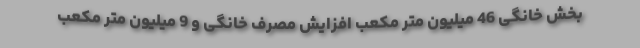
بخش خانگی 46 میلیون متر مکعب افزایش مصرف خانگی و 9 میلیون متر مکعب